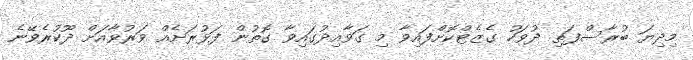
މިދިޔަ ބުރާސްފަތި ދުވަހު ގެޒެޓްކޮށްފައިވާ މި ގަވާއިދުގައިވާ ގޮތުން ފަޅުރަށެއް ވަރުވާއަށް ދޫކުރެވޭނެ